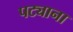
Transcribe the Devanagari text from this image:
पट्याना